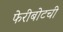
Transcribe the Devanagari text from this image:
फेरीबोटची